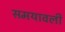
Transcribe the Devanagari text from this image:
समयावली